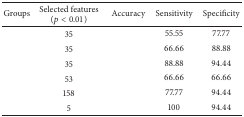
<table><thead><tr><td><b>Groups</b></td><td><b>Selected features (<i>p</i> &lt; 0.01)</b></td><td><b>Accuracy </b></td><td><b>Sensitivity </b></td><td><b>Specificity </b></td></tr></thead><tbody><tr><td>[EMPTY_CELL]</td><td>35</td><td>[EMPTY_CELL]</td><td>55.55</td><td>77.77</td></tr><tr><td>[EMPTY_CELL]</td><td>35</td><td>[EMPTY_CELL]</td><td>66.66</td><td>88.88</td></tr><tr><td>[EMPTY_CELL]</td><td>35</td><td>[EMPTY_CELL]</td><td>88.88</td><td>94.44</td></tr><tr><td>[EMPTY_CELL]</td><td>53</td><td>[EMPTY_CELL]</td><td>66.66</td><td>66.66</td></tr><tr><td>[EMPTY_CELL]</td><td>158</td><td>[EMPTY_CELL]</td><td>77.77</td><td>94.44</td></tr><tr><td>[EMPTY_CELL]</td><td>5 </td><td>[EMPTY_CELL]</td><td>100</td><td>94.44</td></tr></tbody></table>